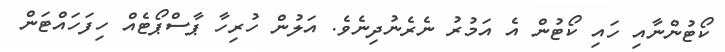
ކޯޓުންނާއި ހައި ކޯޓުން އެ އަމުރު ނެރެނުދިނެވެ. އަލުން ހުރިހާ ޕާސްޕޯޓެއް ހިފަހައްޓަން